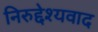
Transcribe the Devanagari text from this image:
निरुद्देश्यवाद